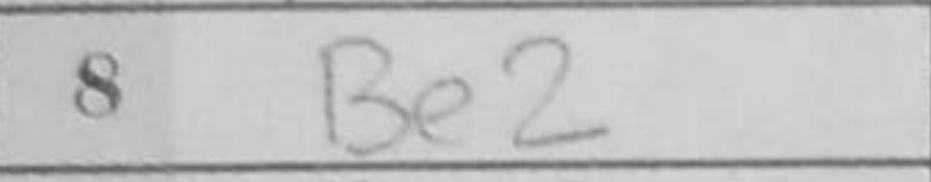
Transcription: Be2